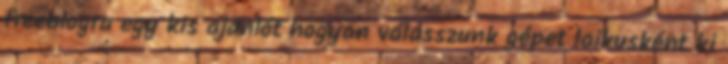
freeblogra egy kis ajánlót hogyan válasszunk gépet laikusként ki